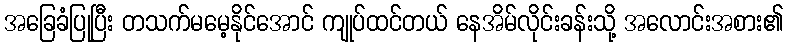
အခြေခံပြုပြီး တသက်မမေ့နိုင်အောင် ကျုပ်ထင်တယ် နေအိမ်လိုင်းခန်းသို့ အလောင်းအစား၏